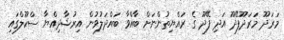
މަރަދޫ މަރަދޫފޭދޫ އަދި ފޭދޫ ގެ ރައްޔިތުންނަށް ބާއްވާ ބައްދަލުވުން އިރުޝާދިއްޔާ ސްކޫލްގައި